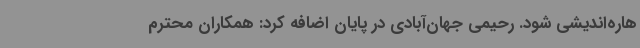
هاره‌اندیشی شود. رحیمی جهان‌آبادی در پایان اضافه کرد: همکاران محترم